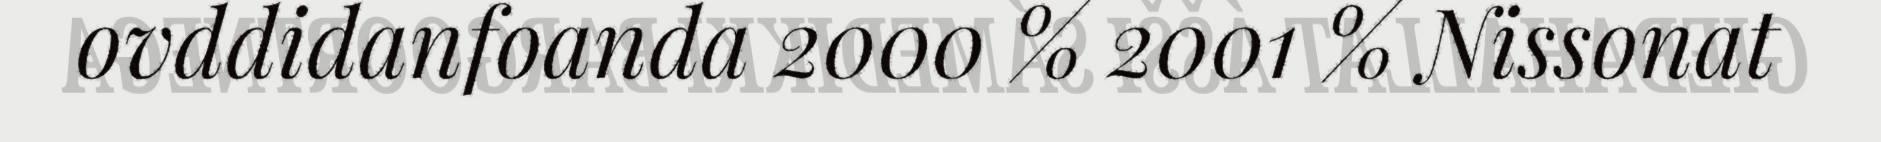
ovddidanfoanda 2000 % 2001 % Nissonat